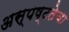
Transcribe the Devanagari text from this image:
अस्पष्टतेचा